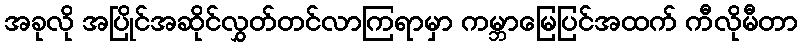
အခုလို အပြိုင်အဆိုင်လွှတ်တင်လာကြရာမှာ ကမ္ဘာမြေပြင်အထက် ကီလိုမီတာ